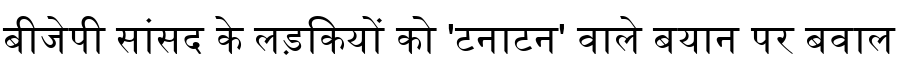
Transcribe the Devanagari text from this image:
बीजेपी सांसद के लड़कियों को 'टनाटन' वाले बयान पर बवाल